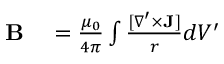
\begin{array} { r l } { { \mathbf B } } & { { } = \frac { \mu _ { 0 } } { 4 \pi } \int \frac { [ \nabla ^ { \prime } \times { \mathbf J } ] } { r } d V ^ { \prime } } \end{array}